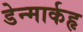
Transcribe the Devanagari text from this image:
डेन्मार्कहृ